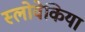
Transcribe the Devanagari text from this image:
स्लोवेकिया